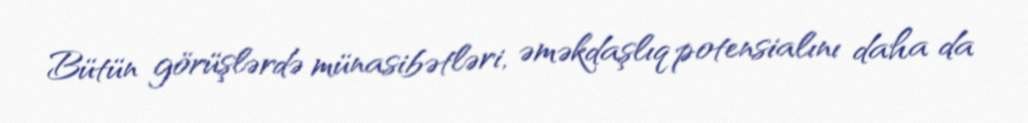
Bütün görüşlərdə münasibətləri, əməkdaşlıq potensialını daha da